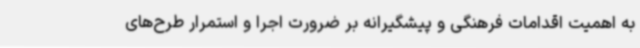
به اهمیت اقدامات فرهنگی و پیشگیرانه بر ضرورت اجرا و استمرار طرح‌های